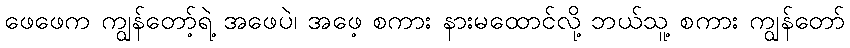
ဖေဖေက ကျွန်တော့်ရဲ့ အဖေပဲ၊ အဖေ့ စကား နားမထောင်လို့ ဘယ်သူ့ စကား ကျွန်တော်